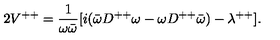
2 V ^ { + + } = { \frac { 1 } { \omega \bar { \omega } } } [ i ( \bar { \omega } D ^ { + + } \omega - \omega D ^ { + + } \bar { \omega } ) - \lambda ^ { + + } ] .